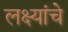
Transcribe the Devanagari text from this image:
लक्ष्यांचे